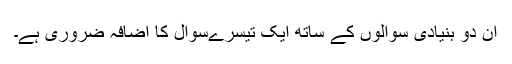
ان دو بنیادی سوالوں کے ساتھ ایک تیسرےسوال کا اضافہ ضروری ہے۔